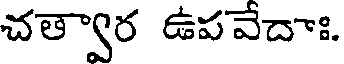
చత్వార ఉపవేదాః.